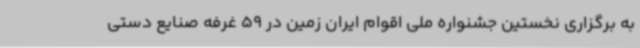
به برگزاری نخستین جشنواره ملی اقوام ایران زمین در 59 غرفه صنایع دستی